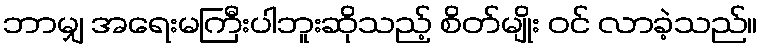
ဘာမျှ အရေးမကြီးပါဘူးဆိုသည့် စိတ်မျိုး ဝင် လာခဲ့သည်။